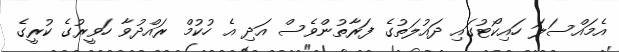
އެމައްސަލަ ހައިކޯޓުގައި ދައުލަތުގެ ފަރާތުންވެސް އަދި އެ ހުކުމް ރައްދުވާ ހަވީރުގެ ކުރީގެ